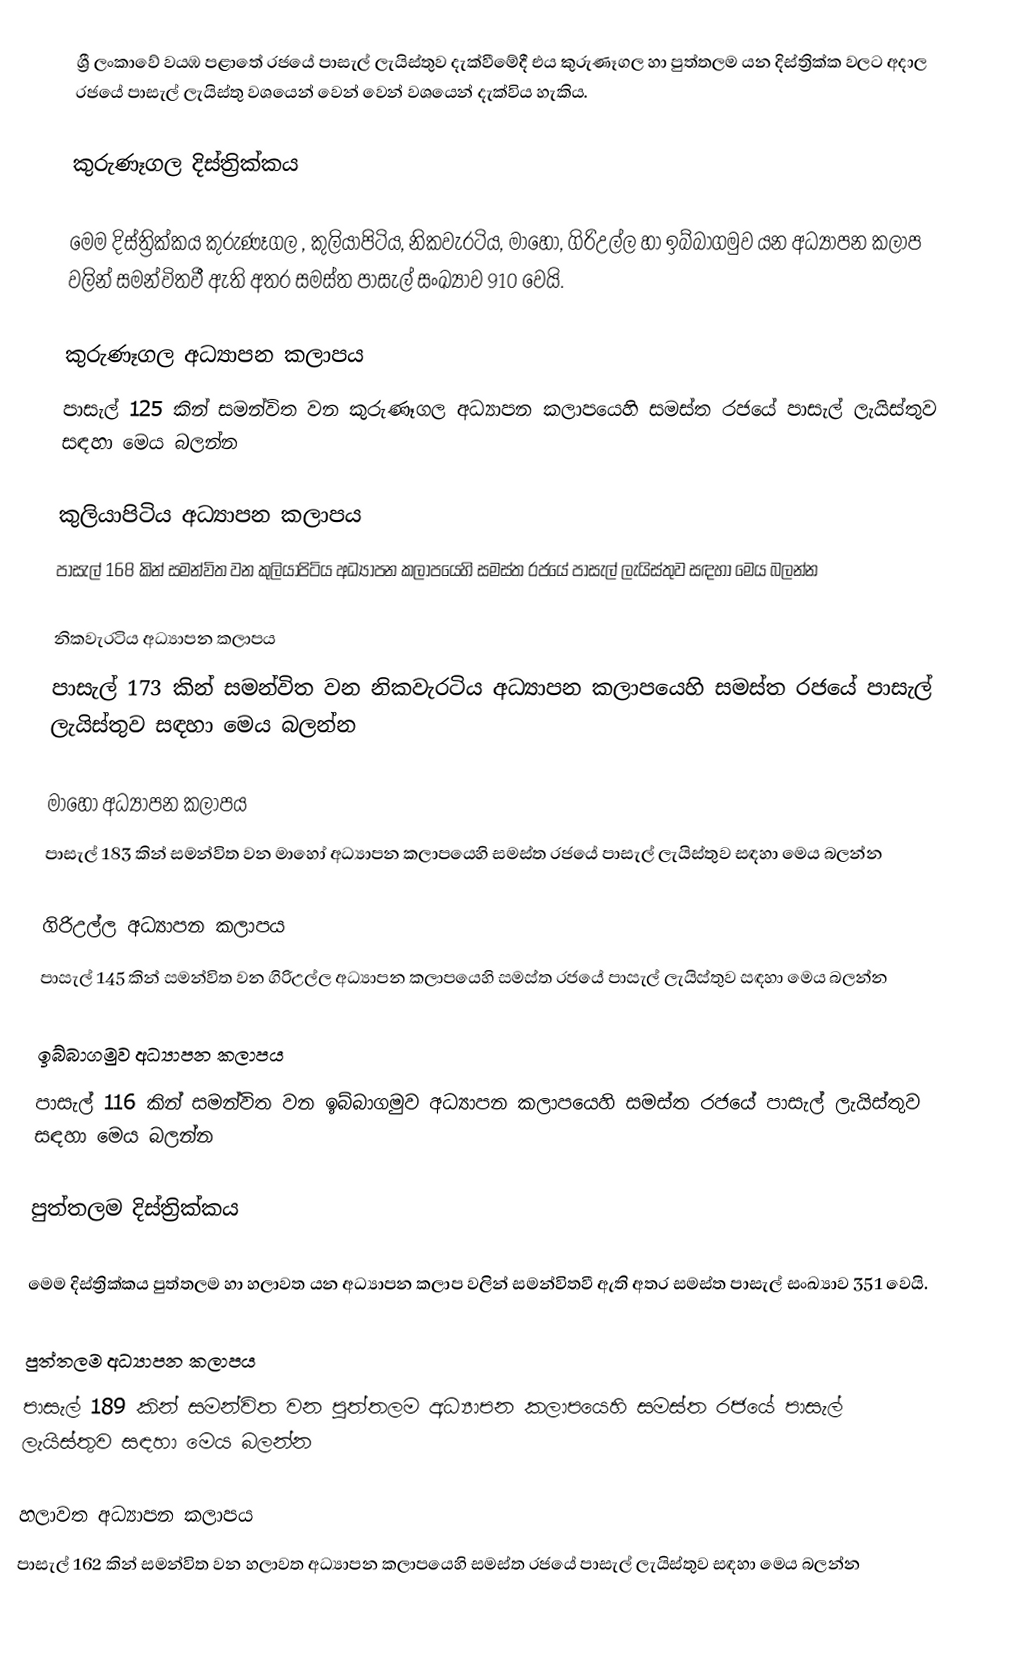
ශ්‍රී ලංකාවේ වයඹ පළාතේ රජයේ පාසැල් ලැයිස්තුව දැක්වීමේදී එය   කුරුණෑගල  හා  පුත්තලම   යන දිස්ත්‍රික්ක වලට අදාල රජයේ පාසැල් ලැයිස්තු වශයෙන් වෙන් වෙන් වශයෙන් දැක්විය හැකිය.

කුරුණෑගල දිස්ත්‍රික්කය

මෙම දිස්ත්‍රික්කය කුරුණෑගල , කුලියාපිටිය, නිකවැරටිය, මාහෝ, ගිරිඋල්ල හා ඉබ්බාගමුව යන අධ්‍යාපන කලාප වලින් සමන්විතවී ඇති අතර සමස්ත පාසැල් සංඛ්‍යාව 910 වෙයි.

කුරුණෑගල අධ්‍යාපන කලාපය
පාසැල් 125 කින් සමන්විත වන කුරුණෑගල අධ්‍යාපන කලාපයෙහි සමස්ත රජයේ පාසැල් ලැයිස්තුව සඳහා මෙය බලන්න

කුලියාපිටිය අධ්‍යාපන කලාපය
පාසැල් 168 කින් සමන්විත වන කුලියාපිටිය අධ්‍යාපන කලාපයෙහි සමස්ත රජයේ පාසැල් ලැයිස්තුව සඳහා මෙය බලන්න

නිකවැරටිය අධ්‍යාපන කලාපය
පාසැල් 173 කින් සමන්විත වන නිකවැරටිය අධ්‍යාපන කලාපයෙහි සමස්ත රජයේ පාසැල් ලැයිස්තුව සඳහා මෙය බලන්න

මාහෝ අධ්‍යාපන කලාපය
පාසැල් 183 කින් සමන්විත වන මාහෝ අධ්‍යාපන කලාපයෙහි සමස්ත රජයේ පාසැල් ලැයිස්තුව සඳහා මෙය බලන්න

ගිරිඋල්ල  අධ්‍යාපන කලාපය
පාසැල් 145 කින් සමන්විත වන ගිරිඋල්ල  අධ්‍යාපන කලාපයෙහි සමස්ත රජයේ පාසැල් ලැයිස්තුව සඳහා මෙය බලන්න

ඉබ්බාගමුව අධ්‍යාපන කලාපය
පාසැල් 116 කින් සමන්විත වන ඉබ්බාගමුව අධ්‍යාපන කලාපයෙහි සමස්ත රජයේ පාසැල් ලැයිස්තුව සඳහා මෙය බලන්න

පුත්තලම දිස්ත්‍රික්කය

මෙම දිස්ත්‍රික්කය පුත්තලම  හා හලාවත යන අධ්‍යාපන කලාප වලින් සමන්විතවී ඇති අතර සමස්ත පාසැල් සංඛ්‍යාව 351 වෙයි.

පුත්තලම අධ්‍යාපන කලාපය
පාසැල් 189 කින් සමන්විත වන පුත්තලම අධ්‍යාපන කලාපයෙහි සමස්ත රජයේ පාසැල් ලැයිස්තුව සඳහා මෙය බලන්න

හලාවත අධ්‍යාපන කලාපය
පාසැල් 162 කින් සමන්විත වන හලාවත අධ්‍යාපන කලාපයෙහි සමස්ත රජයේ පාසැල් ලැයිස්තුව සඳහා මෙය බලන්න